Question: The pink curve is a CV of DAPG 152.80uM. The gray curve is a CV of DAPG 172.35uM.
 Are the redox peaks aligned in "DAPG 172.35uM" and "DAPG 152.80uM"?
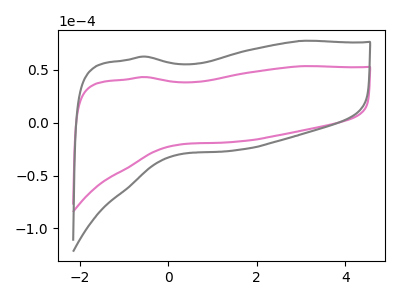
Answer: <think>The pink curve "DAPG 152.80uM" has no peaks. The gray curve "DAPG 172.35uM" has no peaks.</think>
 <answer>Niether CV has any peaks.</answer>
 <eval>blanks</eval>